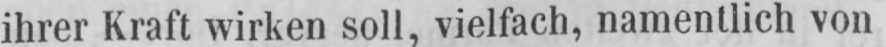
ihrer Kraft wirken soll, vielfach, namentlich von